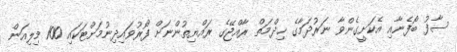
ސާފު ބޯފެނާއި އެކަށީގެންވާ ނަރުދަމާގެ ޚިދްމަތް ރާއްޖޭގެ ރައްޔިތުންނަށް ފޯރުވައިދިނުމަށްޓަކައި 100 މިލިއަން